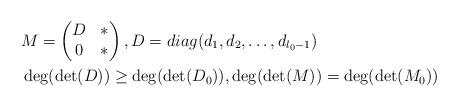
LaTeX: \begin{align*}&M=\begin{pmatrix}D & * \\0&*\end{pmatrix}, D=diag(d_1,d_2,\ldots,d_{l_0-1}) \\ &\deg(\det(D))\geq \deg(\det(D_0)),\deg(\det(M))=\deg(\det(M_0))\end{align*}